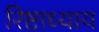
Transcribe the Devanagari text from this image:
रिष्टाध्याय